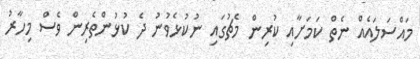
މައްސަލައެއް ނެތް ކަމަށާއި ކުރިން މެޗުގައި ނުކުޅެވުނު ދެ ކުޅުންތެރިން ވެސް މިހާރު